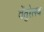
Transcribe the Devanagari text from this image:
वेंतुरेलब